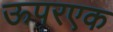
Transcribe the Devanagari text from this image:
ऊपरएक